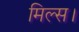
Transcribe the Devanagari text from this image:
मिल्स।